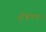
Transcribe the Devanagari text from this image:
ट्रंज़िस्टर्स